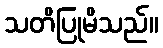
သတိပြုမိသည်။